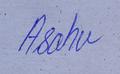
Signature authenticity: genuine